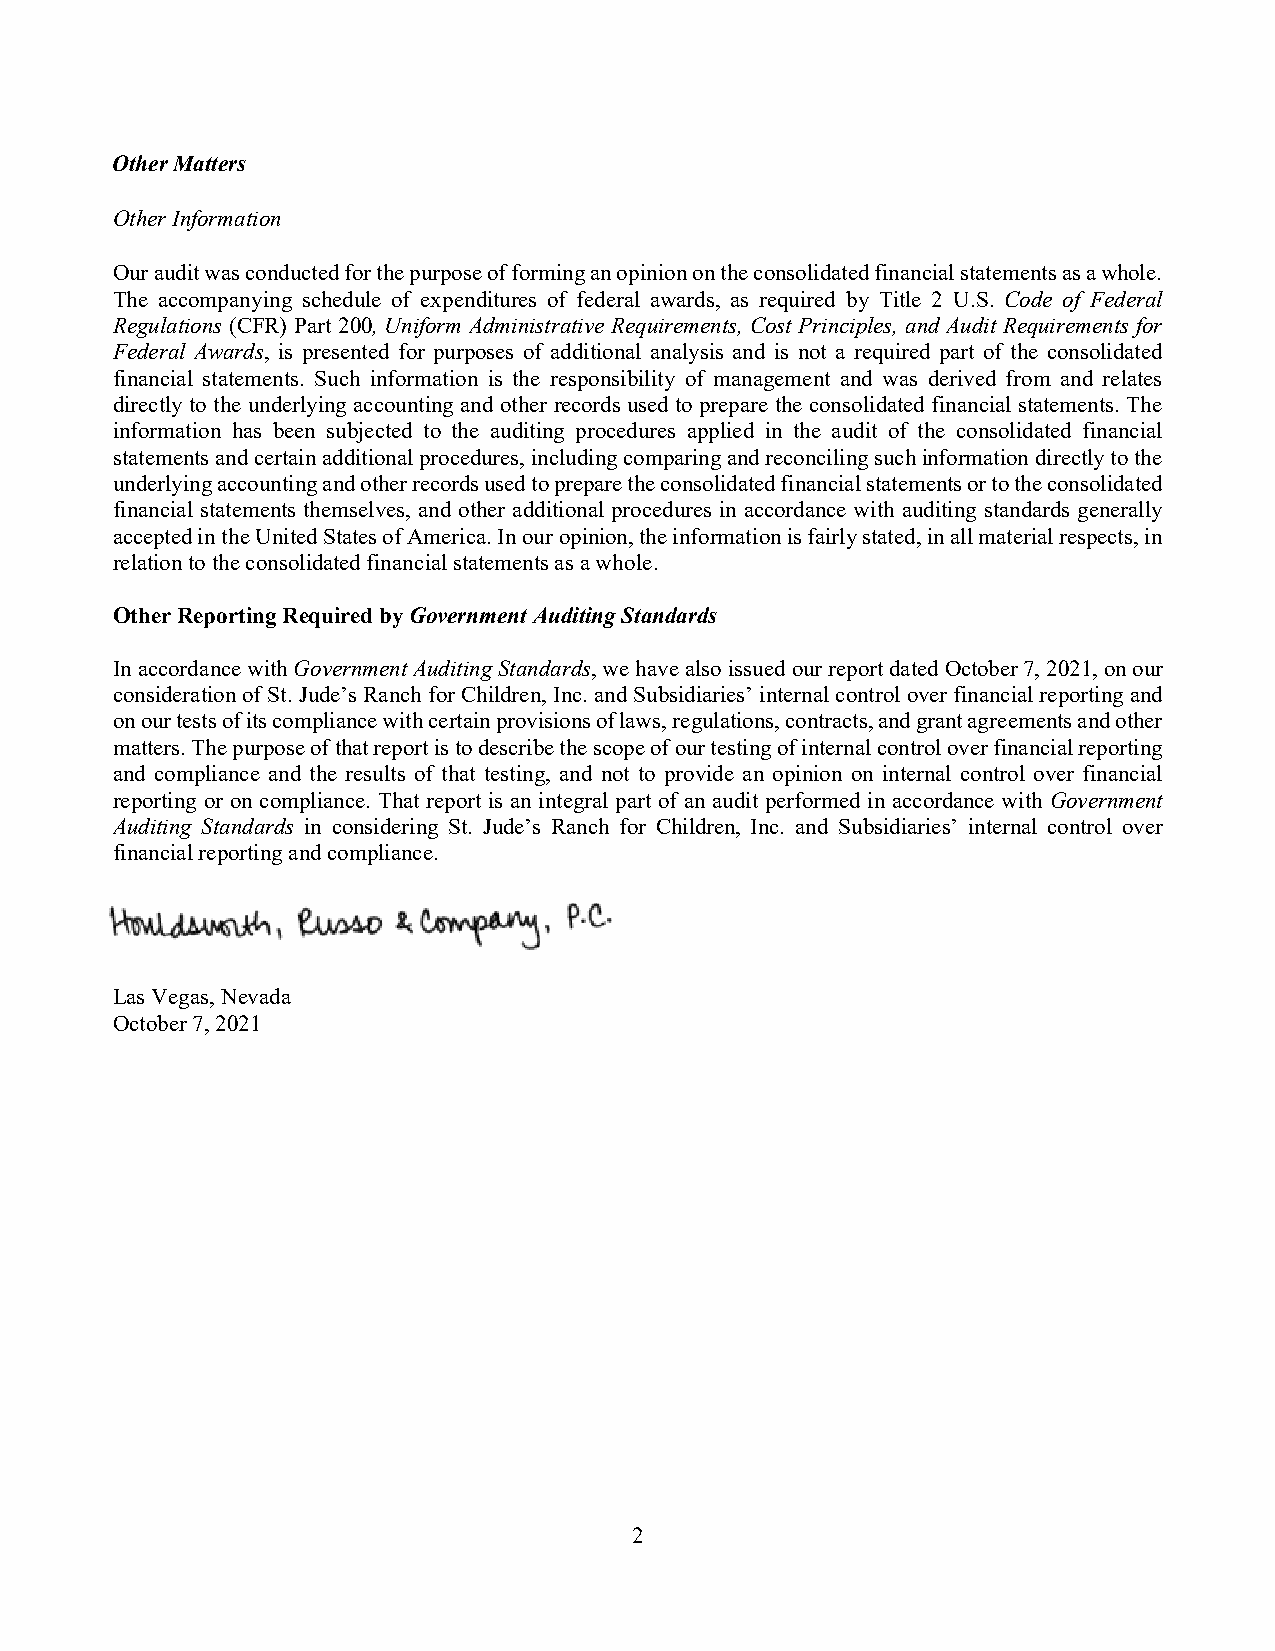
Other Matters
 Other Information
 Our audit was conducted for the purpose of forming an opinion on the consolidated financial statements as a whole.
 The accompanying schedule of expenditures of federal awards, as required by Title 2 U.S. Code of Federal
 Regulations (CFR) Part 200, Uniform Administrative Requirements, Cost Principles, and Audit Requirements for
 Federal Awards, is presented for purposes of additional analysis and is not a required part of the consolidated
 financial statements. Such information is the responsibility of management and was derived from and relates
 directly to the underlying accounting and other records used to prepare the consolidated financial statements. The
 information has been subjected to the auditing procedures applied in the audit of the consolidated financial
 statements and certain additional procedures, including comparing and reconciling such information directly to the
 underlying accounting and other records used to prepare the consolidated financial statements or to the consolidated
 financial statements themselves, and other additional procedures in accordance with auditing standards generally
 accepted in the United States of America. In our opinion, the information is fairly stated, in all material respects, in
 relation to the consolidated financial statements as a whole.
 Other Reporting Required by Government Auditing Standards
 In accordance with Government Auditing Standards, we have also issued our report dated October 7, 2021, on our
 consideration of St. Jude’s Ranch for Children, Inc. and Subsidiaries’ internal control over financial reporting and
 on our tests of its compliance with certain provisions of laws, regulations, contracts, and grant agreements and other
 matters. The purpose of that report is to describe the scope of our testing of internal control over financial reporting
 and compliance and the results of that testing, and not to provide an opinion on internal control over financial
 reporting or on compliance. That report is an integral part of an audit performed in accordance with Government
 Auditing Standards in considering St. Jude’s Ranch for Children, Inc. and Subsidiaries’ internal control over
 financial reporting and compliance.
 Las Vegas, Nevada
 October 7, 2021
 2